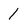
Character: 1